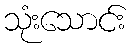
သုံးသောင်း